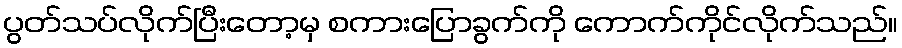
ပွတ်သပ်လိုက်ပြီးတော့မှ စကားပြောခွက်ကို ကောက်ကိုင်လိုက်သည်။